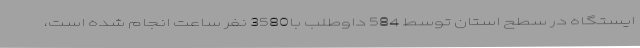
ایستگاه در سطح استان توسط 584 داوطلب با3580 نفر ساعت انجام شده است،